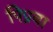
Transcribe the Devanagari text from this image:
पिप्रवा